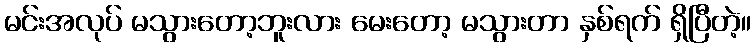
မင်းအလုပ် မသွားတော့ဘူးလား မေးတော့ မသွားတာ နှစ်ရက် ရှိပြီတဲ့။